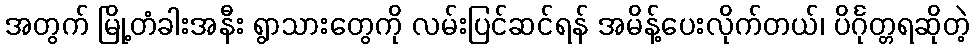
အတွက် မြို့တံခါးအနီး ရွာသားတွေကို လမ်းပြင်ဆင်ရန် အမိန့်ပေးလိုက်တယ်၊ ပိင်္ဂုတ္တရဆိုတဲ့